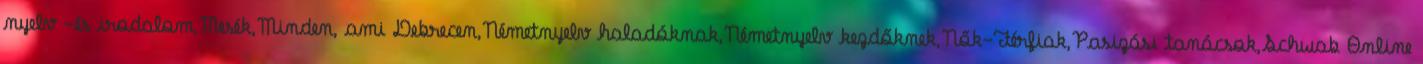
nyelv -és irodalom,Mesék,Minden, ami Debrecen,Németnyelv haladóknak,Németnyelv kezdőknek,Nők-Férfiak,Pasizási tanácsok,Schwab Online